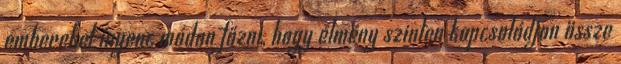
embereket ínyenc módon főzni, hogy élmény szinten kapcsolódjon össze